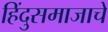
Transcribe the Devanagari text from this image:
हिंदुसमाजाचे